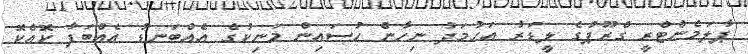
ޕާލަމެންޓްރީ ގްރޫޕުގެ ލީޑަރު އަހުމަދު ނިހާން ހުސައިން މަނިކުގެ އެއްބަނޑު އެއްބަފާ ކޮއްކޮ